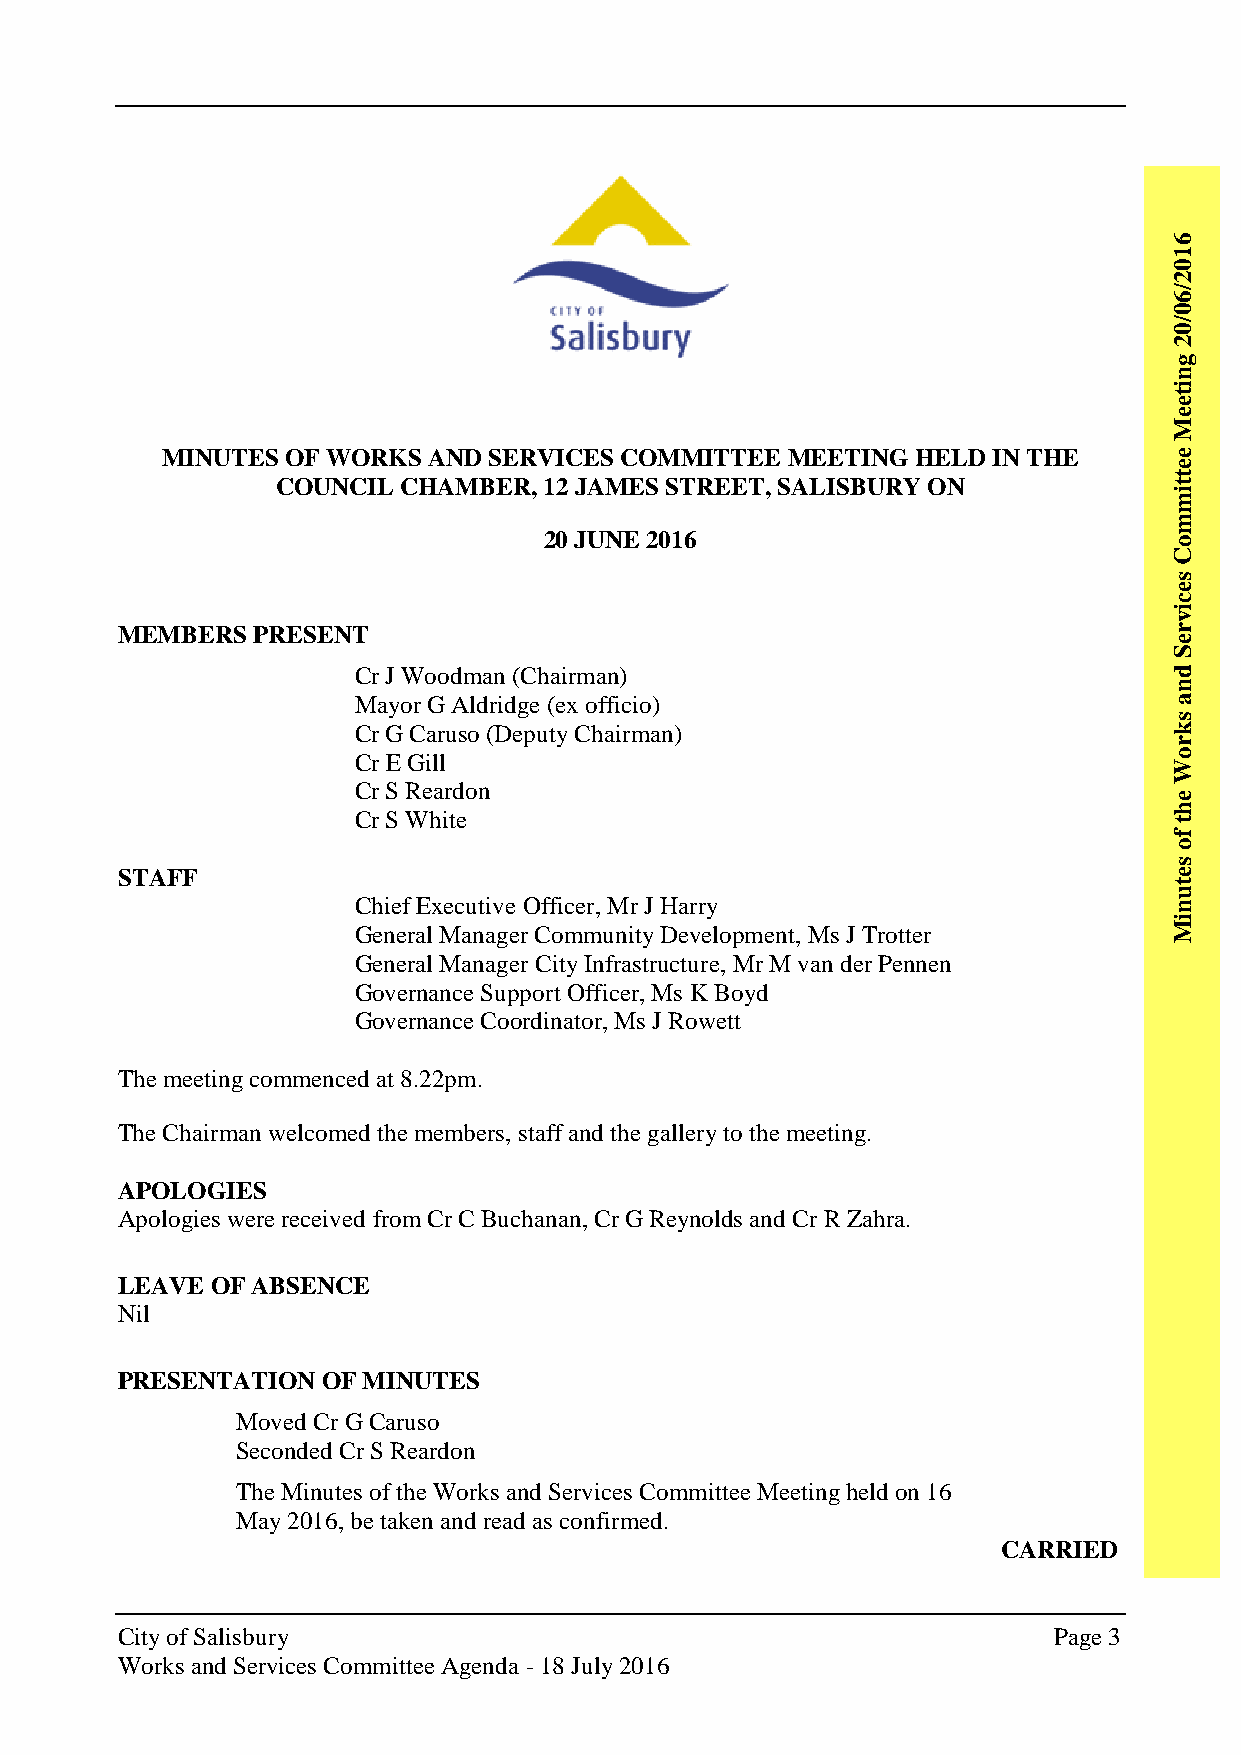
6
 1
 0
 2
 /
 6
 0
 /
 0
 2
 g
 n
 i
 t
 e
 e
 M
 MINUTES OF WORKS AND SERVICES COMMITTEE  MEETING  HELD IN THE      e
 e
 t
 COUNCIL CHAMBER,  12 JAMES STREET, SALISBURY ON             t
 i
 m
 m
 20 JUNE 2016                              o
 C
 s
 e
 c
 i
 v
 MEMBERS  PRESENT                                                      r
 e
 S
 Cr J Woodman (Chairman)                                d
 n
 Mayor G Aldridge (ex officio)                          a
 s
 Cr G Caruso (Deputy Chairman)                          k
 r
 Cr E Gill                                              o
 W
 Cr S Reardon
 e
 h
 Cr S White                                             t
 f
 o
 s
 STAFF                                                                 e
 t
 u
 Chief Executive Officer, Mr J Harry                    n
 i
 General Manager Community Development, Ms J Trotter    M
 General Manager City Infrastructure, Mr M van der Pennen
 Governance Support Officer, Ms K Boyd
 Governance Coordinator, Ms J Rowett
 The meeting commenced at 8.22pm.
 The Chairman welcomed the members, staff and the gallery to the meeting.
 APOLOGIES
 Apologies were received from Cr C Buchanan, Cr G Reynolds and Cr R Zahra.
 LEAVE OF ABSENCE
 Nil
 PRESENTATION OF MINUTES
 Moved Cr G Caruso
 Seconded Cr S Reardon
 The Minutes of the Works and Services Committee Meeting held on 16
 May 2016, be taken and read as confirmed.
 CARRIED
 City of Salisbury                                             Page 3
 Works and Services Committee Agenda - 18 July 2016